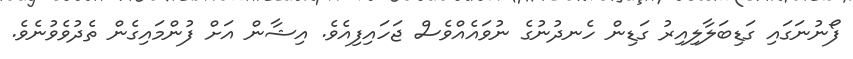
ފޯނުނަގައި ގަޑިބަލާލިއިރު ގަޑިން ހެނދުނުގެ ނުވައެއްވެސް ޖަހައިފިއެވެ. އިޝާން އަށް ފުންމައިގެން ތެދުވެވުނެވެ.